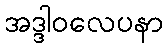
အဒ္ဒါဝလေပနာ